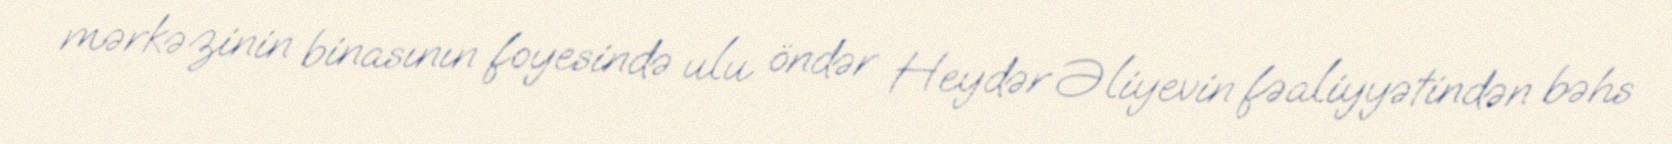
mərkəzinin binasının foyesində ulu öndər Heydər Əliyevin fəaliyyətindən bəhs